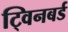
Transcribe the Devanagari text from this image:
ट्विनबर्ड